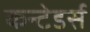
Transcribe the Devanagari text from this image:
कन्टेडर्स